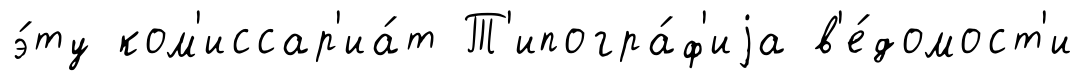
э́ту ком'иссар'иа́т Т'ипогра́ф'иjа в'е́домост'и